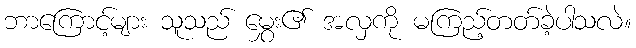
ဘာကြောင့်များ သူသည် မွှေး၏ အလှကို မကြည့်တတ်ခဲ့ပါသလဲ။